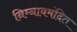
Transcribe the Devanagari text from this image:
निम्नावमंदित